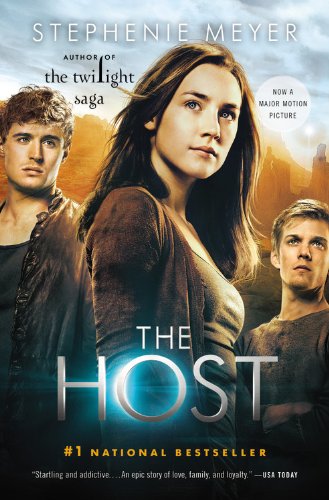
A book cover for The Host: A Novel; Stephenie Meyer; Science Fiction & Fantasy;